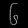
Digit: ၆